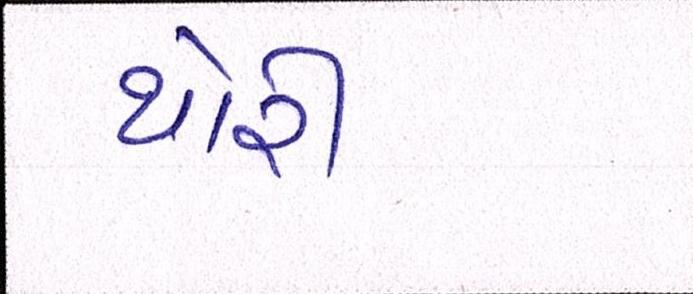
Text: થોરી